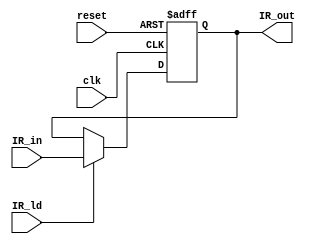
`timescale 1ns / 1ps
/****************************** C E C S  4 4 0 ******************************
 *
 * Project:    Lab_Assignment_5
 * Designer:   Joseph Almeida
 * Rev. No.:   Version 1.0
 * Rev. Date:  October 10, 2018
 *
 * Purpose:		The instruction register holds the data from the instruction
 *					memory that is stepped through by the PC in order to give
 *					to the datapath to be exceuted
 *
 * Notes:
 *
 ****************************************************************************/
module IR(
	 input clk,
    input reset,
    input [31:0] IR_in,
    input IR_ld,
    output reg [31:0] IR_out
    );

	always@(posedge clk, posedge reset)
	begin
		if (reset) IR_out <= 0;
		else if (IR_ld) IR_out <= IR_in;
	end

endmodule